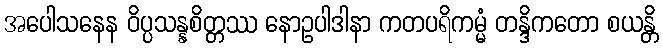
အပေါသနေန ဝိပ္ပသန္နစိတ္တဿ နောဥပါဒါနာ ကတပရိကမ္မံ တန္ဒိကတော စယန္တိ